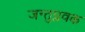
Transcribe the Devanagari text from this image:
जन्तुप्लवक